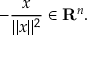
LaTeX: - { \frac { x } { \| x \| ^ { 2 } } } \in \mathbf { R } ^ { n } .